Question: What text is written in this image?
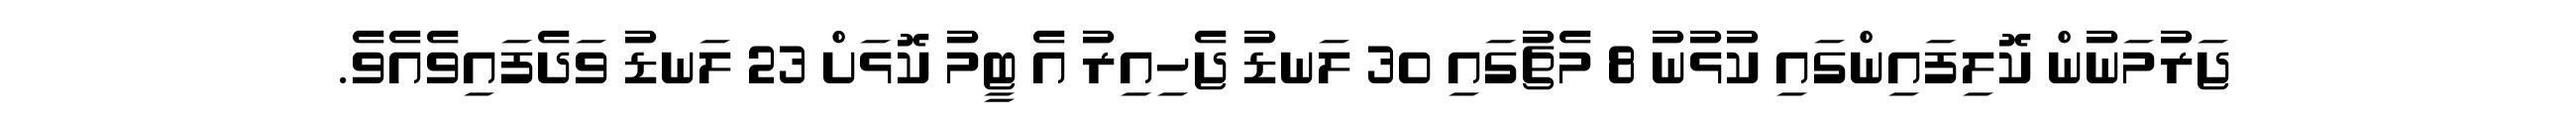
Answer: ޖަރުމަނުން ކޮލިފައިންގައި ކުޅުނު 8 މެޗުގައި 30 ލަނޑު ޖެހިއިރު އެ ޓީމު ކޮޅަށް 23 ލަނޑު ވަދެފައިވެއެވެ.